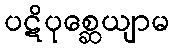
ပဋိပုစ္ဆေယျာမ